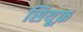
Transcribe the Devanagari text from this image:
सियूफ़